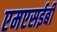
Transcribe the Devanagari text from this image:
एमएसईबी